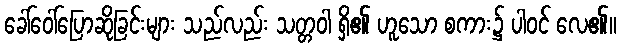
ခေါ်ဝေါ်ပြောဆိုခြင်းများ သည်လည်း သတ္တဝါ ရှိ၏ ဟူသော စကား၌ ပါဝင် လေ၏။